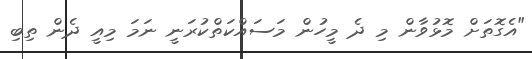
"އެގޮތަށް މޮޅުވާން މި ދެ މީހުން މަސައްކަތްކުރަނީ ނަމަ މިއީ ދެން ތިބި